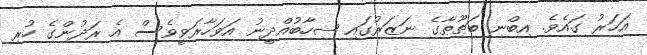
އަހަރު ގައެވެ. އިބްނި ބަޠޫޠާގެ ނަޒަރުގައި ޝިހާބުއްދީނު އަވަހާރަވީވެސް އެ ރަދުންގެ ހުރި